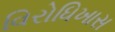
વિરોધિખાસ